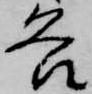
各